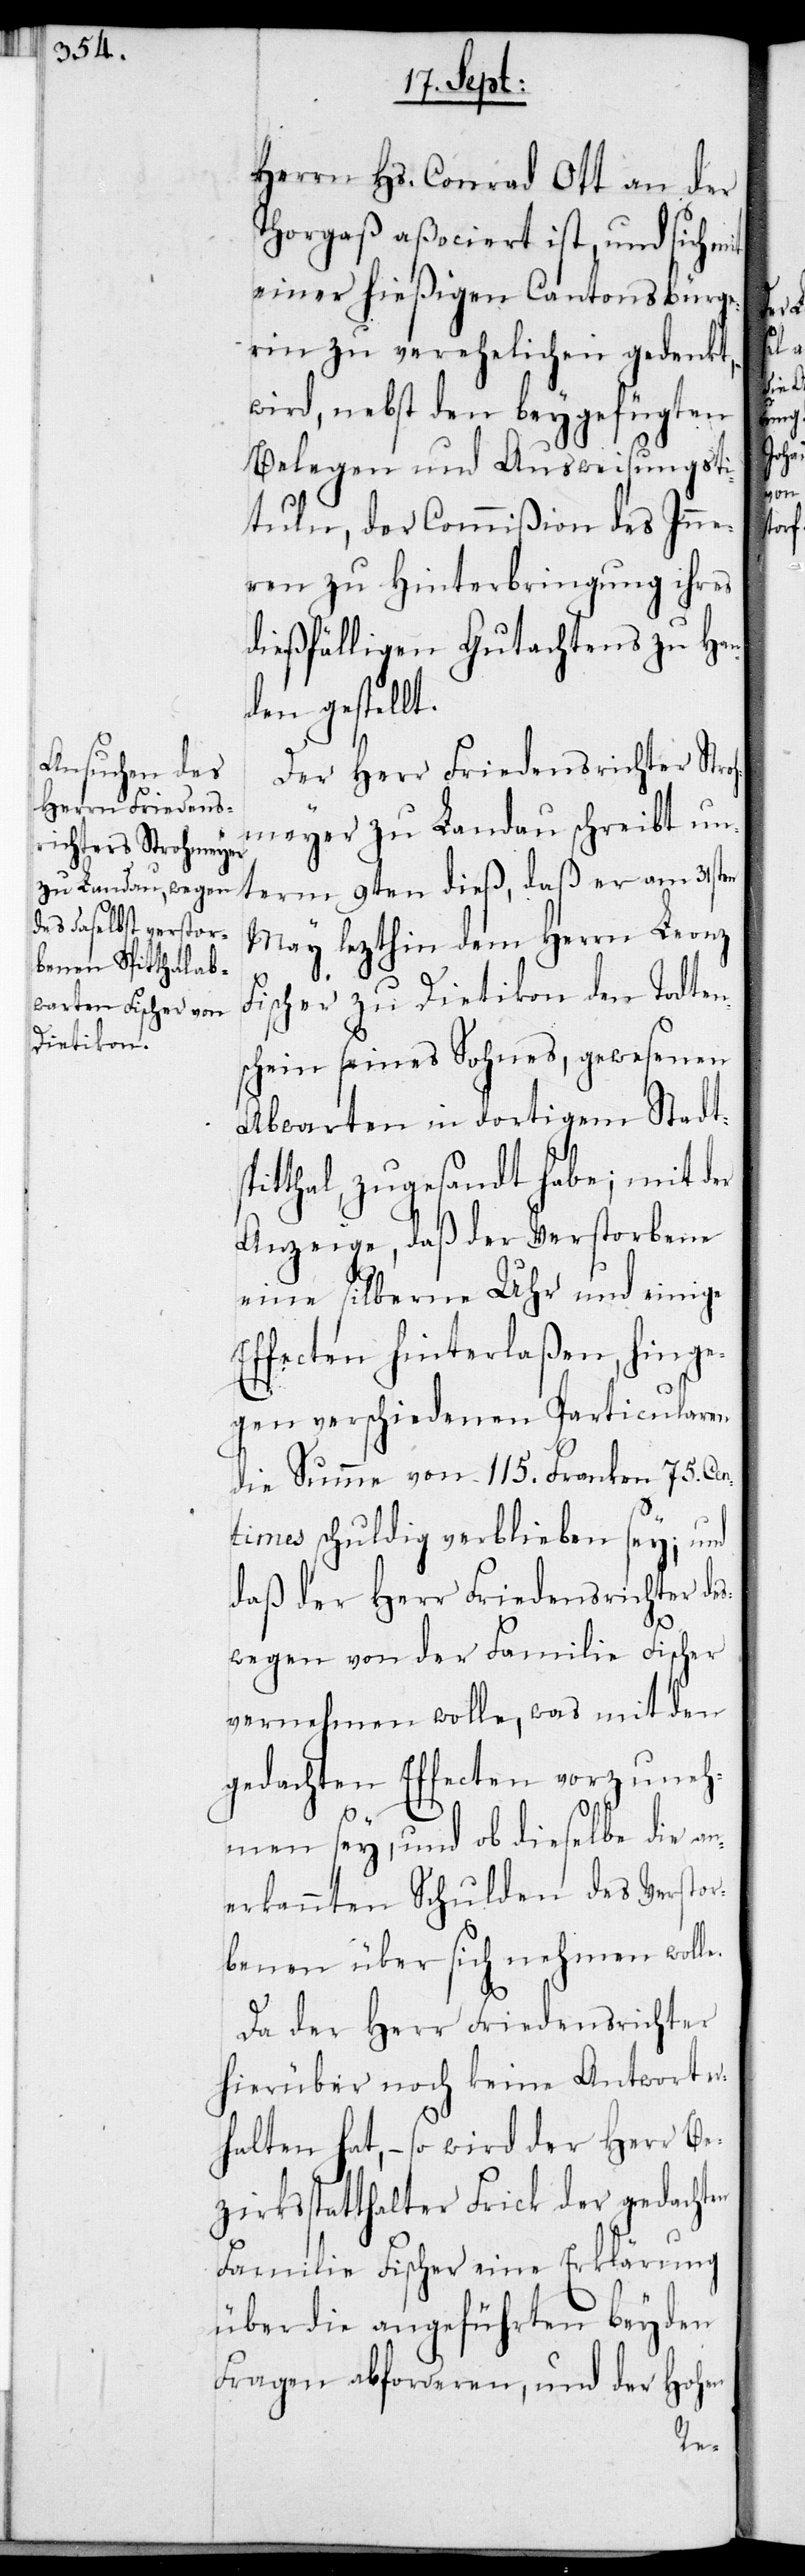
Herrn Hs. Conrad Ott an der
Thorgaß aßociert ist, und sich m¬
einer hießigen Cantonsbürg¬
erin zu verehelichen gedenkt,
wird, nebst den beygefügten
Belegen und Ausweisungsti¬
tuln, der Commißion des Inne¬
ren zu Hinterbringung ihres
dießfälligen Gutachtens zu Han¬
den gestellt.
Der Herr Friedensrichter Stro¬
hmeyer zu Landau schreibt un¬
term 9ten dieß, daß er am 31sten
May lezthin dem Herrn Leonz
Fischer zu Dietikon den Todten¬
schein seines Sohnes, gewesenen
Abwarten in dortigem Stadt¬
pitthal, zugesandt habe; mit der
Anzeige, daß der Verstorbene
eine silberne Uhr und einige
Effecten hinterlaßen, hinge¬
gen verschiedenen Particularen
die Summe von 115. Franken 75. Cen¬
times schuldig verblieben sey; und
daß der Herr Friedensrichter deß¬
wegen von der Familie Fischer
vernehmen wolle, was mit den
gedachten Effecten vorzuneh¬
men sey, und ob dieselbe die an¬
erkannten Schulden des Verstor¬
benen über sich nehmen wolle.
Da der Herr Friedensrichter
hierüber noch keine Antwort er¬
halten hat, – so wird der Herr Be¬
zirksstatthalter Frick der gedachten
Familie Fischer eine Erklärung
über die angeführten beyden
Fragen abforderen, und der Hohen

s¬
it